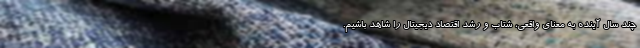
چند سال آینده به معنای واقعی، شتاب و رشد اقتصاد دیجیتال را شاهد باشیم.